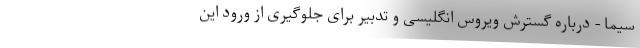
سیما - درباره گسترش ویروس انگلیسی و تدبیر برای جلوگیری از ورود این